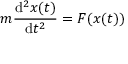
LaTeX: m { \frac { \mathrm { d } ^ { 2 } x ( t ) } { \mathrm { d } t ^ { 2 } } } = F ( x ( t ) )